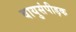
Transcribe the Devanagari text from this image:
वायुसंपीड़क